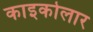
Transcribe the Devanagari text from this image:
काइकोलार